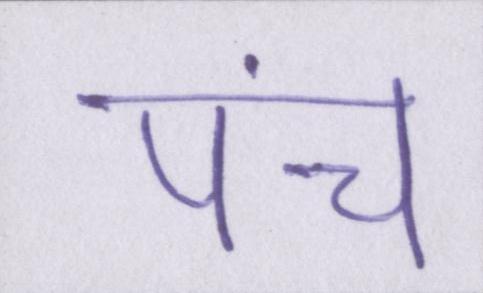
पंच